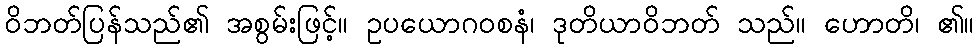
ဝိဘတ်ပြန်သည်၏ အစွမ်းဖြင့်။ ဥပယောဂဝစနံ၊ ဒုတိယာဝိဘတ် သည်။ ဟောတိ၊ ၏။